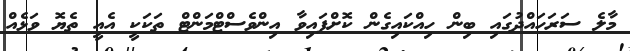
މާލެ ސަރަހައްދުގައި ބިން ހިއްކައިގެން ކޮށްފައިވާ އިންވެސްޓްމަންޓް ތަކަކީ އެއީ ތެޔޮ ވަޅެއް